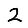
Digit: 2